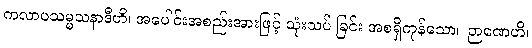
ကလာပသမ္မသနာဒီဟိ၊ အပေါင်းအစည်းအားဖြင့် သုံးသပ် ခြင်း အစရှိကုန်သော။ ဉာဏေဟိ၊